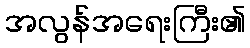
အလွန်အရေးကြီး၏